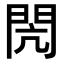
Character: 閌